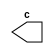
module Clock(output c);
    reg value;
    assign c = value;

    initial
        value = 0;

    always
    #5 value = ~value;
endmodule